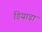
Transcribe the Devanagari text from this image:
डियाडा